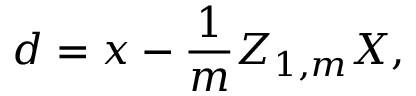
d = x - { \frac { 1 } { m } } Z _ { 1 , m } X ,